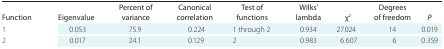
<table><thead><tr><td><b>Function</b></td><td><b>Eigenvalue</b></td><td><b>Percent of variance</b></td><td><b>Canonical correlation</b></td><td><b>Test of functions</b></td><td><b>Wilks&#x27; lambda</b></td><td><b>χ<sup>2</sup></b></td><td><b>Degrees of freedom</b></td><td><b><i>P</i>  </b></td></tr></thead><tbody><tr><td>1</td><td>0.053</td><td>75.9</td><td>0.224</td><td>1 through 2</td><td>0.934</td><td>27.024</td><td>14</td><td><b>0.019</b>  </td></tr><tr><td>2</td><td>0.017</td><td>24.1</td><td>0.129</td><td>2</td><td>0.983</td><td>6.607</td><td>6</td><td>0.359  </td></tr></tbody></table>